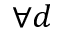
\forall d